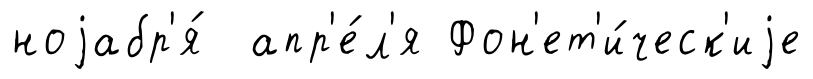
ноjабр'я́ апр'е́л'я Фон'ет'и́ческ'иjе